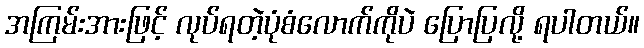
အကြမ်းအားဖြင့် လုပ်ရတဲ့ပုံစံလောက်ကိုပဲ ပြောပြလို့ ရပါတယ်။